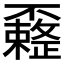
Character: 𰀟